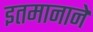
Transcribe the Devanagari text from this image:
इतमानाने